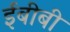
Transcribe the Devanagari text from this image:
ईबीबी